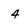
Character: 4